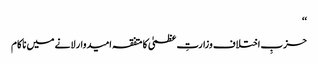
‘‘
حزبِ اختلاف وزارتِ عظمیٰ کا متفقہ امیدوار لانے میں ناکام